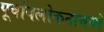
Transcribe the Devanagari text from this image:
पूर्वावलोकनामध्ये